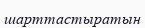
шарттастыратын